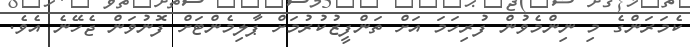
ކެމަރަންގެ މި ނިންމެވުން ފުރިހަމަ އަށް ތަންފީޒުކުރުމަށް ޕާލިމެންޓަށް ފޮނުވަން ޖެހޭނެ އެވެ.